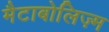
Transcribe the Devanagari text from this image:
मैटाबोलिज़्म